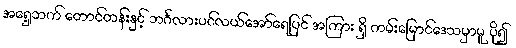
အရှေ့ဘက် တောင်တန်းနှင့် ဘင်္ဂလားပင်လယ်အော်ရေပြင် အကြား ရှိ ကမ်းမြောင်ဒေသမှာမူ ပို၍